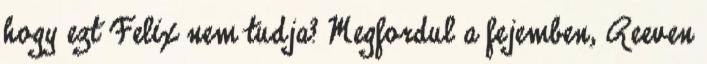
hogy ezt Felix nem tudja? Megfordul a fejemben, Reeven